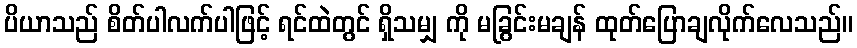
ပိယာသည် စိတ်ပါလက်ပါဖြင့် ရင်ထဲတွင် ရှိသမျှ ကို မခြွင်းမချန် ထုတ်ပြောချလိုက်လေသည်။